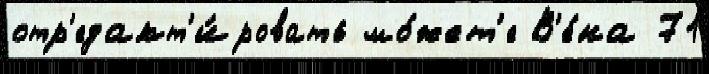
отр'едакт'и́ровать мо́жет'е В'е́на 71